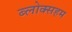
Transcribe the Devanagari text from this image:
ब्लोक्सहम